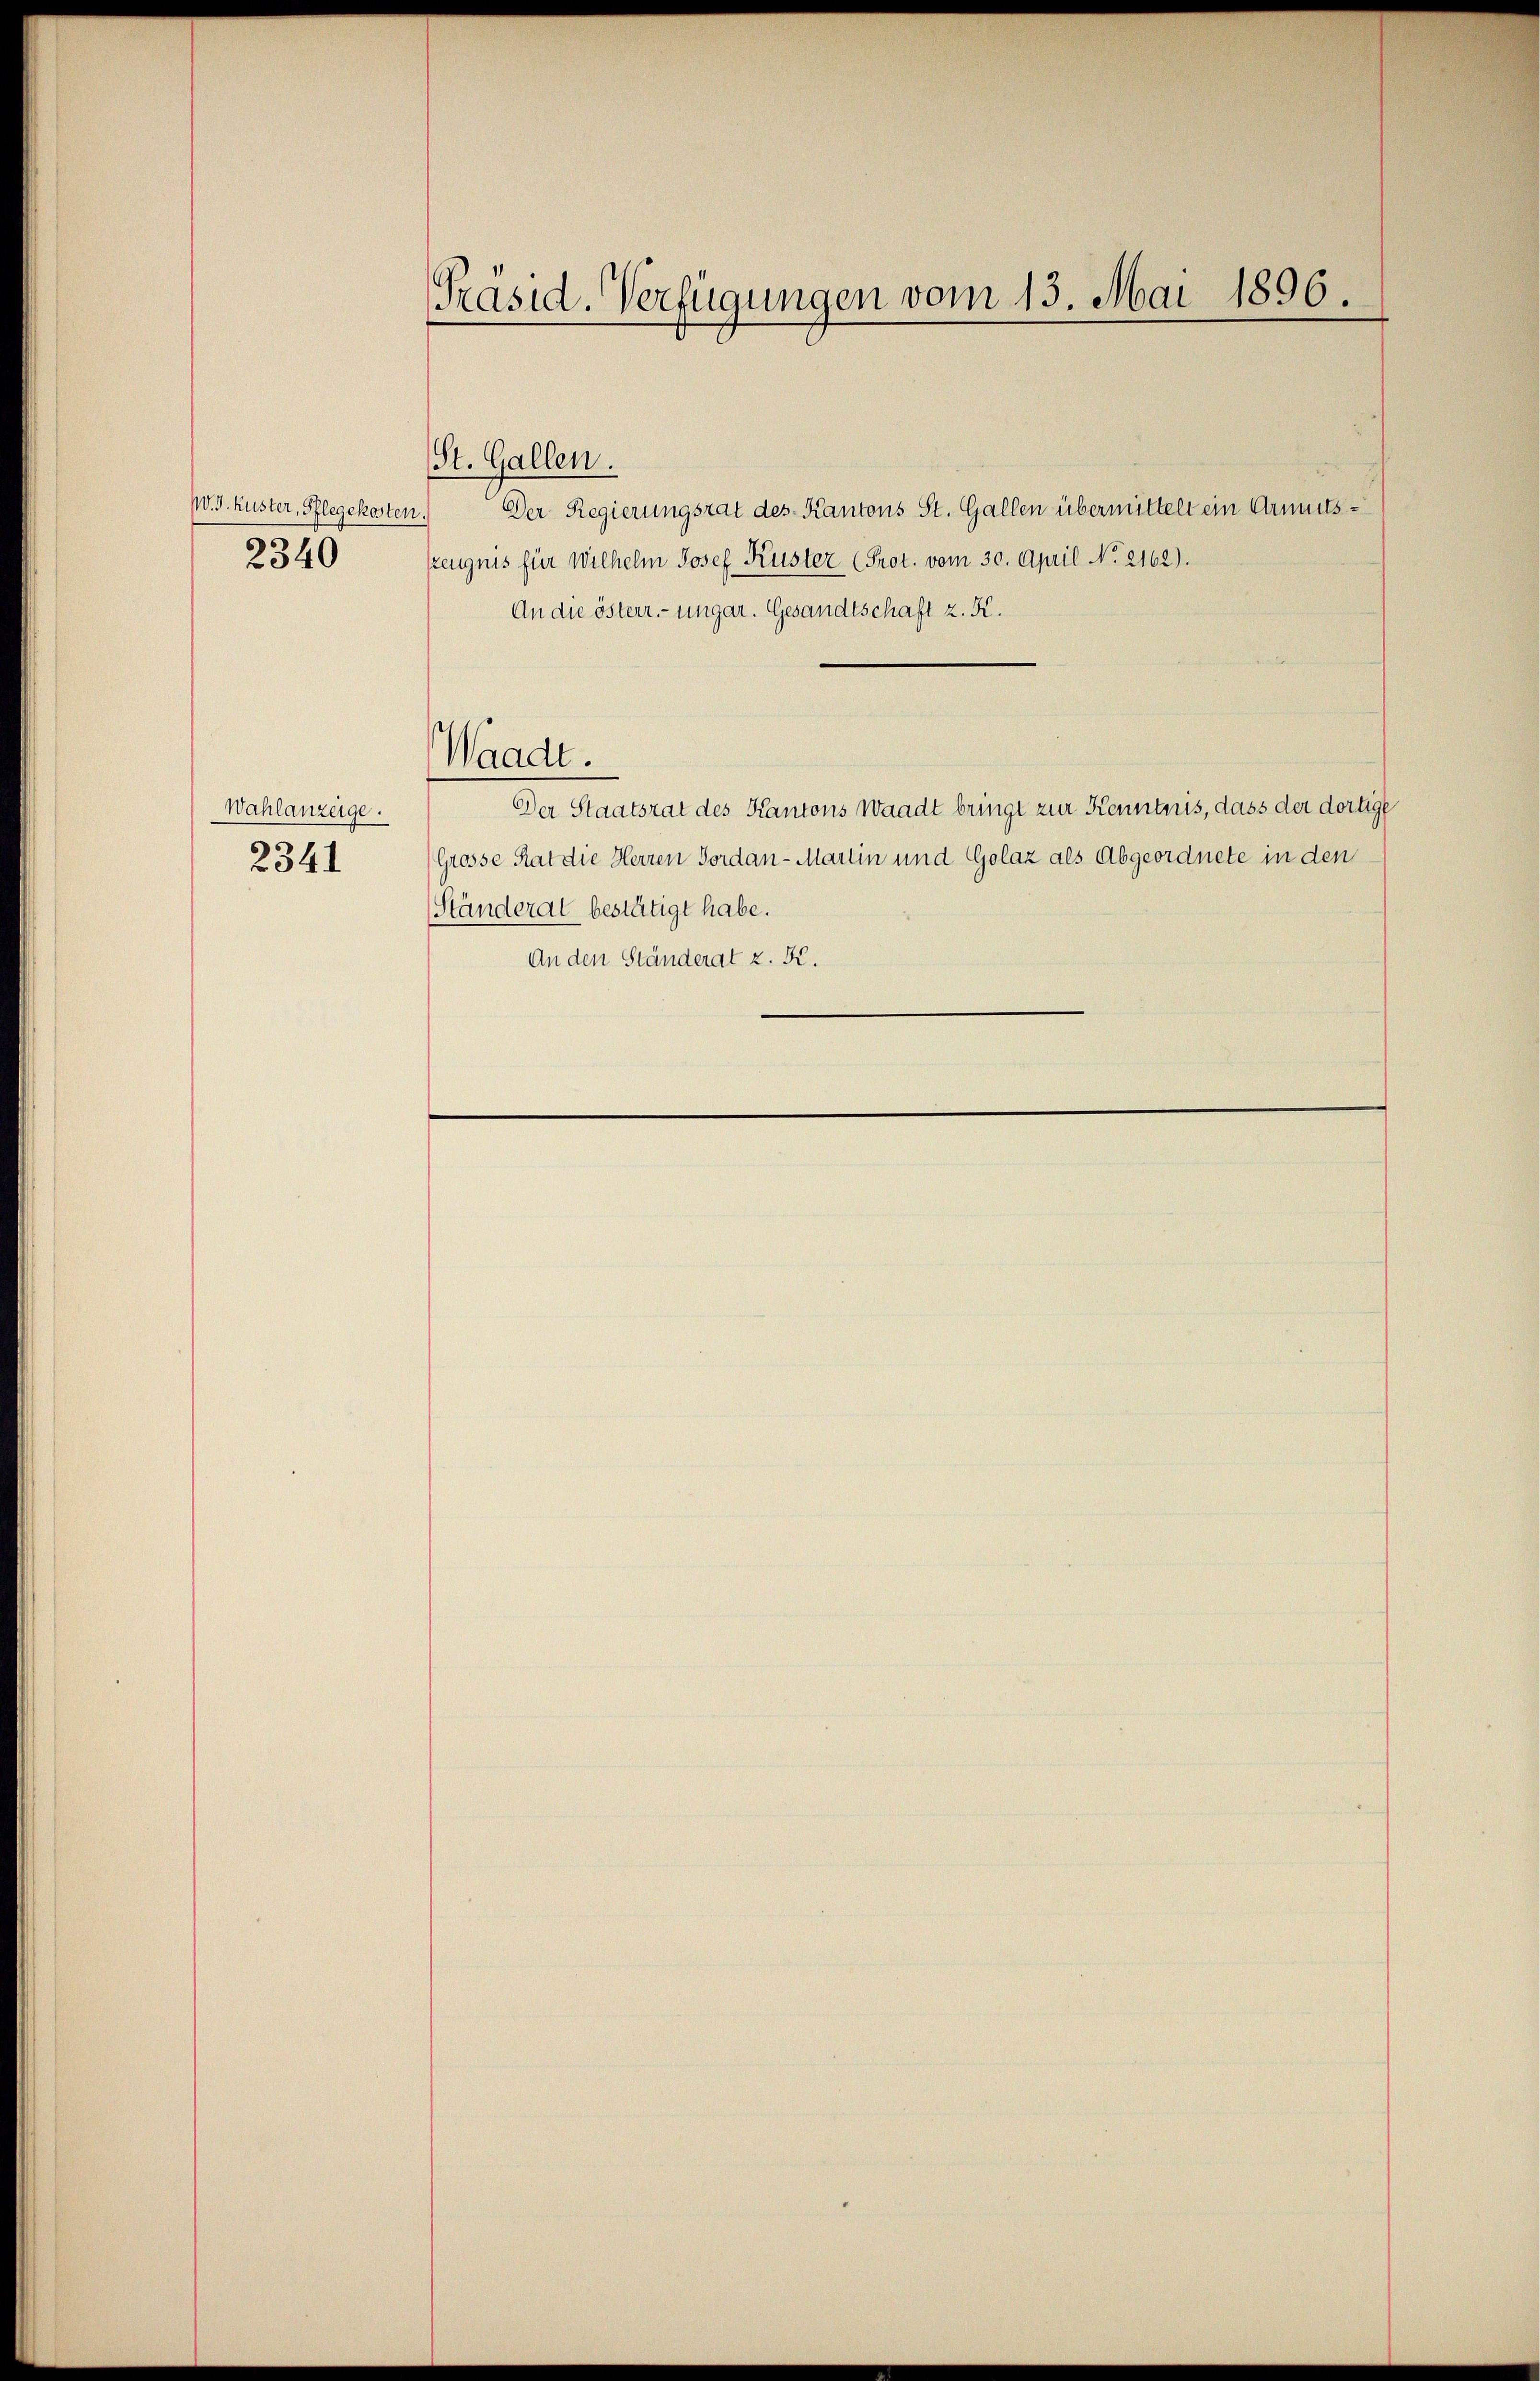
W. J. Kuster, Pflegekoste
2340

Wahlanzeige.
2341

Präsid. Verfügungen vom 13. Mai 1896.

St. Gallen.

Waadt.

Der Regierungsrat des Kantons St. Gallen übermittelt ein Armuss
zeugnis für Wilhelm Josef Kuster (Prot. vom 30. April No 2162).
An die österr. ungar. Gesandtschaft z. K.
Der Staatsrat des Kantons Waadt bringt zur Kenntnis, dass der dortige
Grosse Rat die Herren Fordan-Martin und Golaz als Abgeordnete in den
Ständerat bestätigt habe.
An den Ständerat z. K.